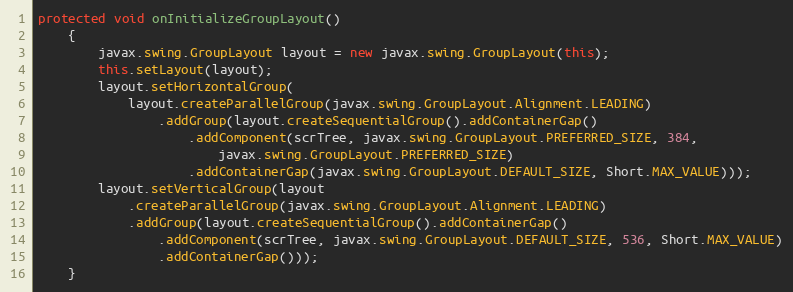
Language: Java
protected void onInitializeGroupLayout()
	{
		javax.swing.GroupLayout layout = new javax.swing.GroupLayout(this);
		this.setLayout(layout);
		layout.setHorizontalGroup(
			layout.createParallelGroup(javax.swing.GroupLayout.Alignment.LEADING)
				.addGroup(layout.createSequentialGroup().addContainerGap()
					.addComponent(scrTree, javax.swing.GroupLayout.PREFERRED_SIZE, 384,
						javax.swing.GroupLayout.PREFERRED_SIZE)
					.addContainerGap(javax.swing.GroupLayout.DEFAULT_SIZE, Short.MAX_VALUE)));
		layout.setVerticalGroup(layout
			.createParallelGroup(javax.swing.GroupLayout.Alignment.LEADING)
			.addGroup(layout.createSequentialGroup().addContainerGap()
				.addComponent(scrTree, javax.swing.GroupLayout.DEFAULT_SIZE, 536, Short.MAX_VALUE)
				.addContainerGap()));
	}